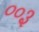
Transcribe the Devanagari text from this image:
००३